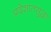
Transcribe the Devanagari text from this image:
प्रदेशातसुद्धा